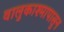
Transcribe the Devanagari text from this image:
वालुकाश्मापासुन